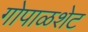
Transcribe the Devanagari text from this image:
गोपाळशेट